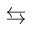
\leftrightarrows